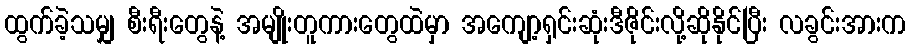
ထွက်ခဲ့သမျှ စီးရီးတွေနဲ့ အမျိုးတူကားတွေထဲမှာ အကျော့ရှင်းဆုံးဒီဇိုင်းလို့ဆိုနိုင်ပြီး လခွင်းအားက